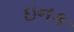
ઇનક